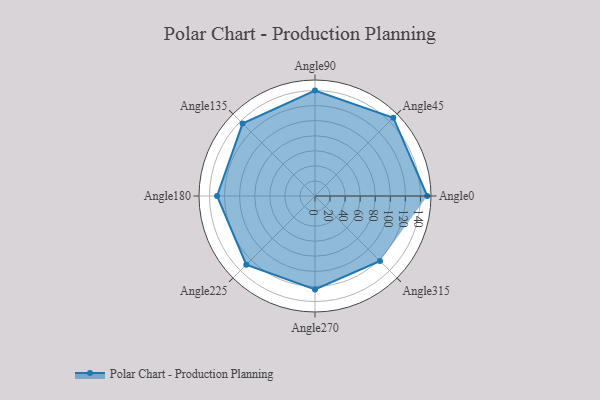
{"axis": {"x": "Angle", "y": "Radius"}, "legend": [""], "data": [{"x": "Angle0", "y": 149.0, "type": ""}, {"x": "Angle45", "y": 147.0, "type": ""}, {"x": "Angle90", "y": 140.0, "type": ""}, {"x": "Angle135", "y": 136.0, "type": ""}, {"x": "Angle180", "y": 130.0, "type": ""}, {"x": "Angle225", "y": 129.0, "type": ""}, {"x": "Angle270", "y": 124.0, "type": ""}, {"x": "Angle315", "y": 122.0, "type": ""}]}